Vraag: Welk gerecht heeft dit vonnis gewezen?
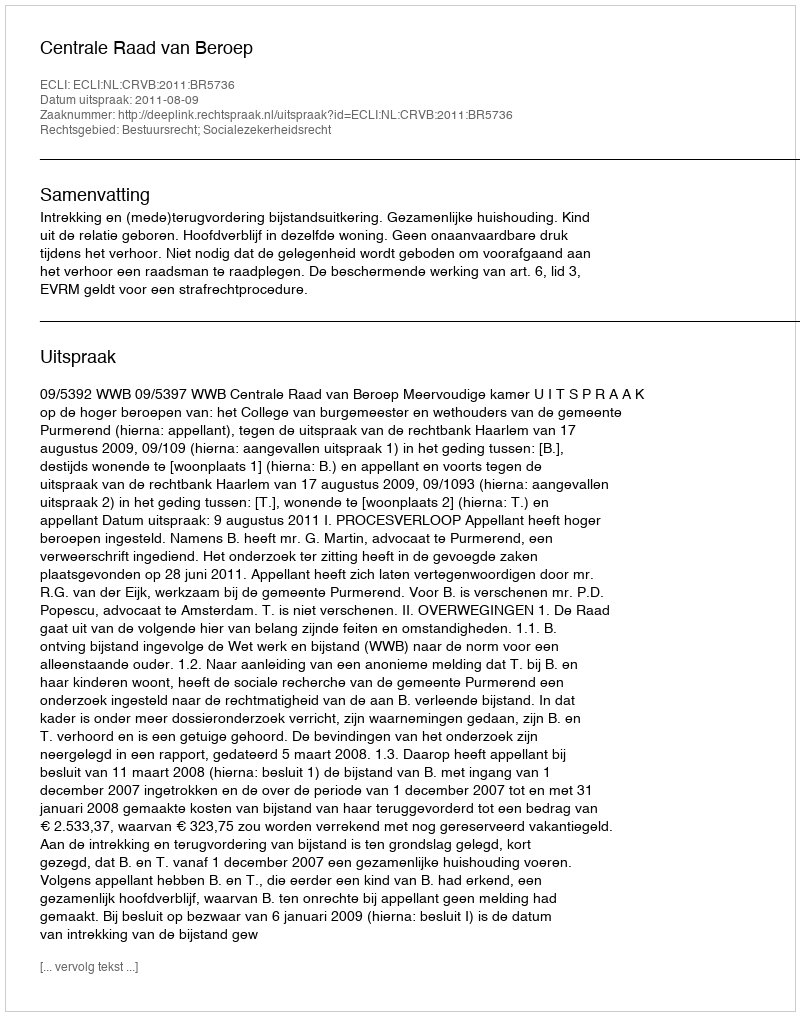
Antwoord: Centrale Raad van Beroep